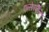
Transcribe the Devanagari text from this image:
एन्सेफाटैलिस